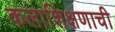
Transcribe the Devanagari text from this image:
कलाशिक्षणाची